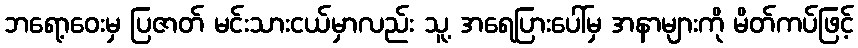
ဘရော့ဝေးမှ ပြဇာတ် မင်းသားငယ်မှာလည်း သူ့ အရေပြားပေါ်မှ အနာများကို မိတ်ကပ်ဖြင့်